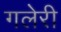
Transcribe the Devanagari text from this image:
गलेरी